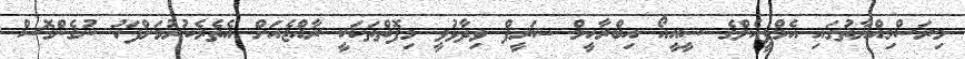
މިރަސްމިއްޔާތުގައި އެމްޕީއެލްގެ ސީއީއޯ އިބްރާހީމް ޝަރީފް ވިދާޅުވީ މިފޮތްތަކަކީ ރާއްޖެއަށް އެތެރެކުރުމަށްފަހު ނުގެންގޮސް